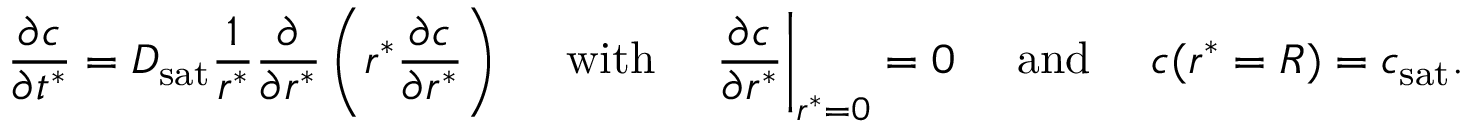
\frac { \partial c } { \partial t ^ { * } } = D _ { \mathrm { s a t } } \frac { 1 } { r ^ { * } } \frac { \partial } { \partial r ^ { * } } \left( r ^ { * } \frac { \partial c } { \partial r ^ { * } } \right) ~ ~ ~ ~ \mathrm { w i t h } ~ ~ ~ ~ \frac { \partial c } { \partial r ^ { * } } \biggr | _ { r ^ { * } = 0 } = 0 ~ ~ ~ ~ \mathrm { a n d } ~ ~ ~ ~ c ( r ^ { * } = R ) = c _ { \mathrm { s a t } } .